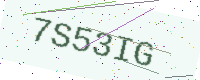
Text: 7S53IG